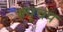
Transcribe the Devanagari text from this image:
क्यूचप